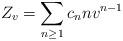
LaTeX: \begin{align*}Z_v = \sum_{n\ge 1} c_n n v^{n-1}\end{align*}